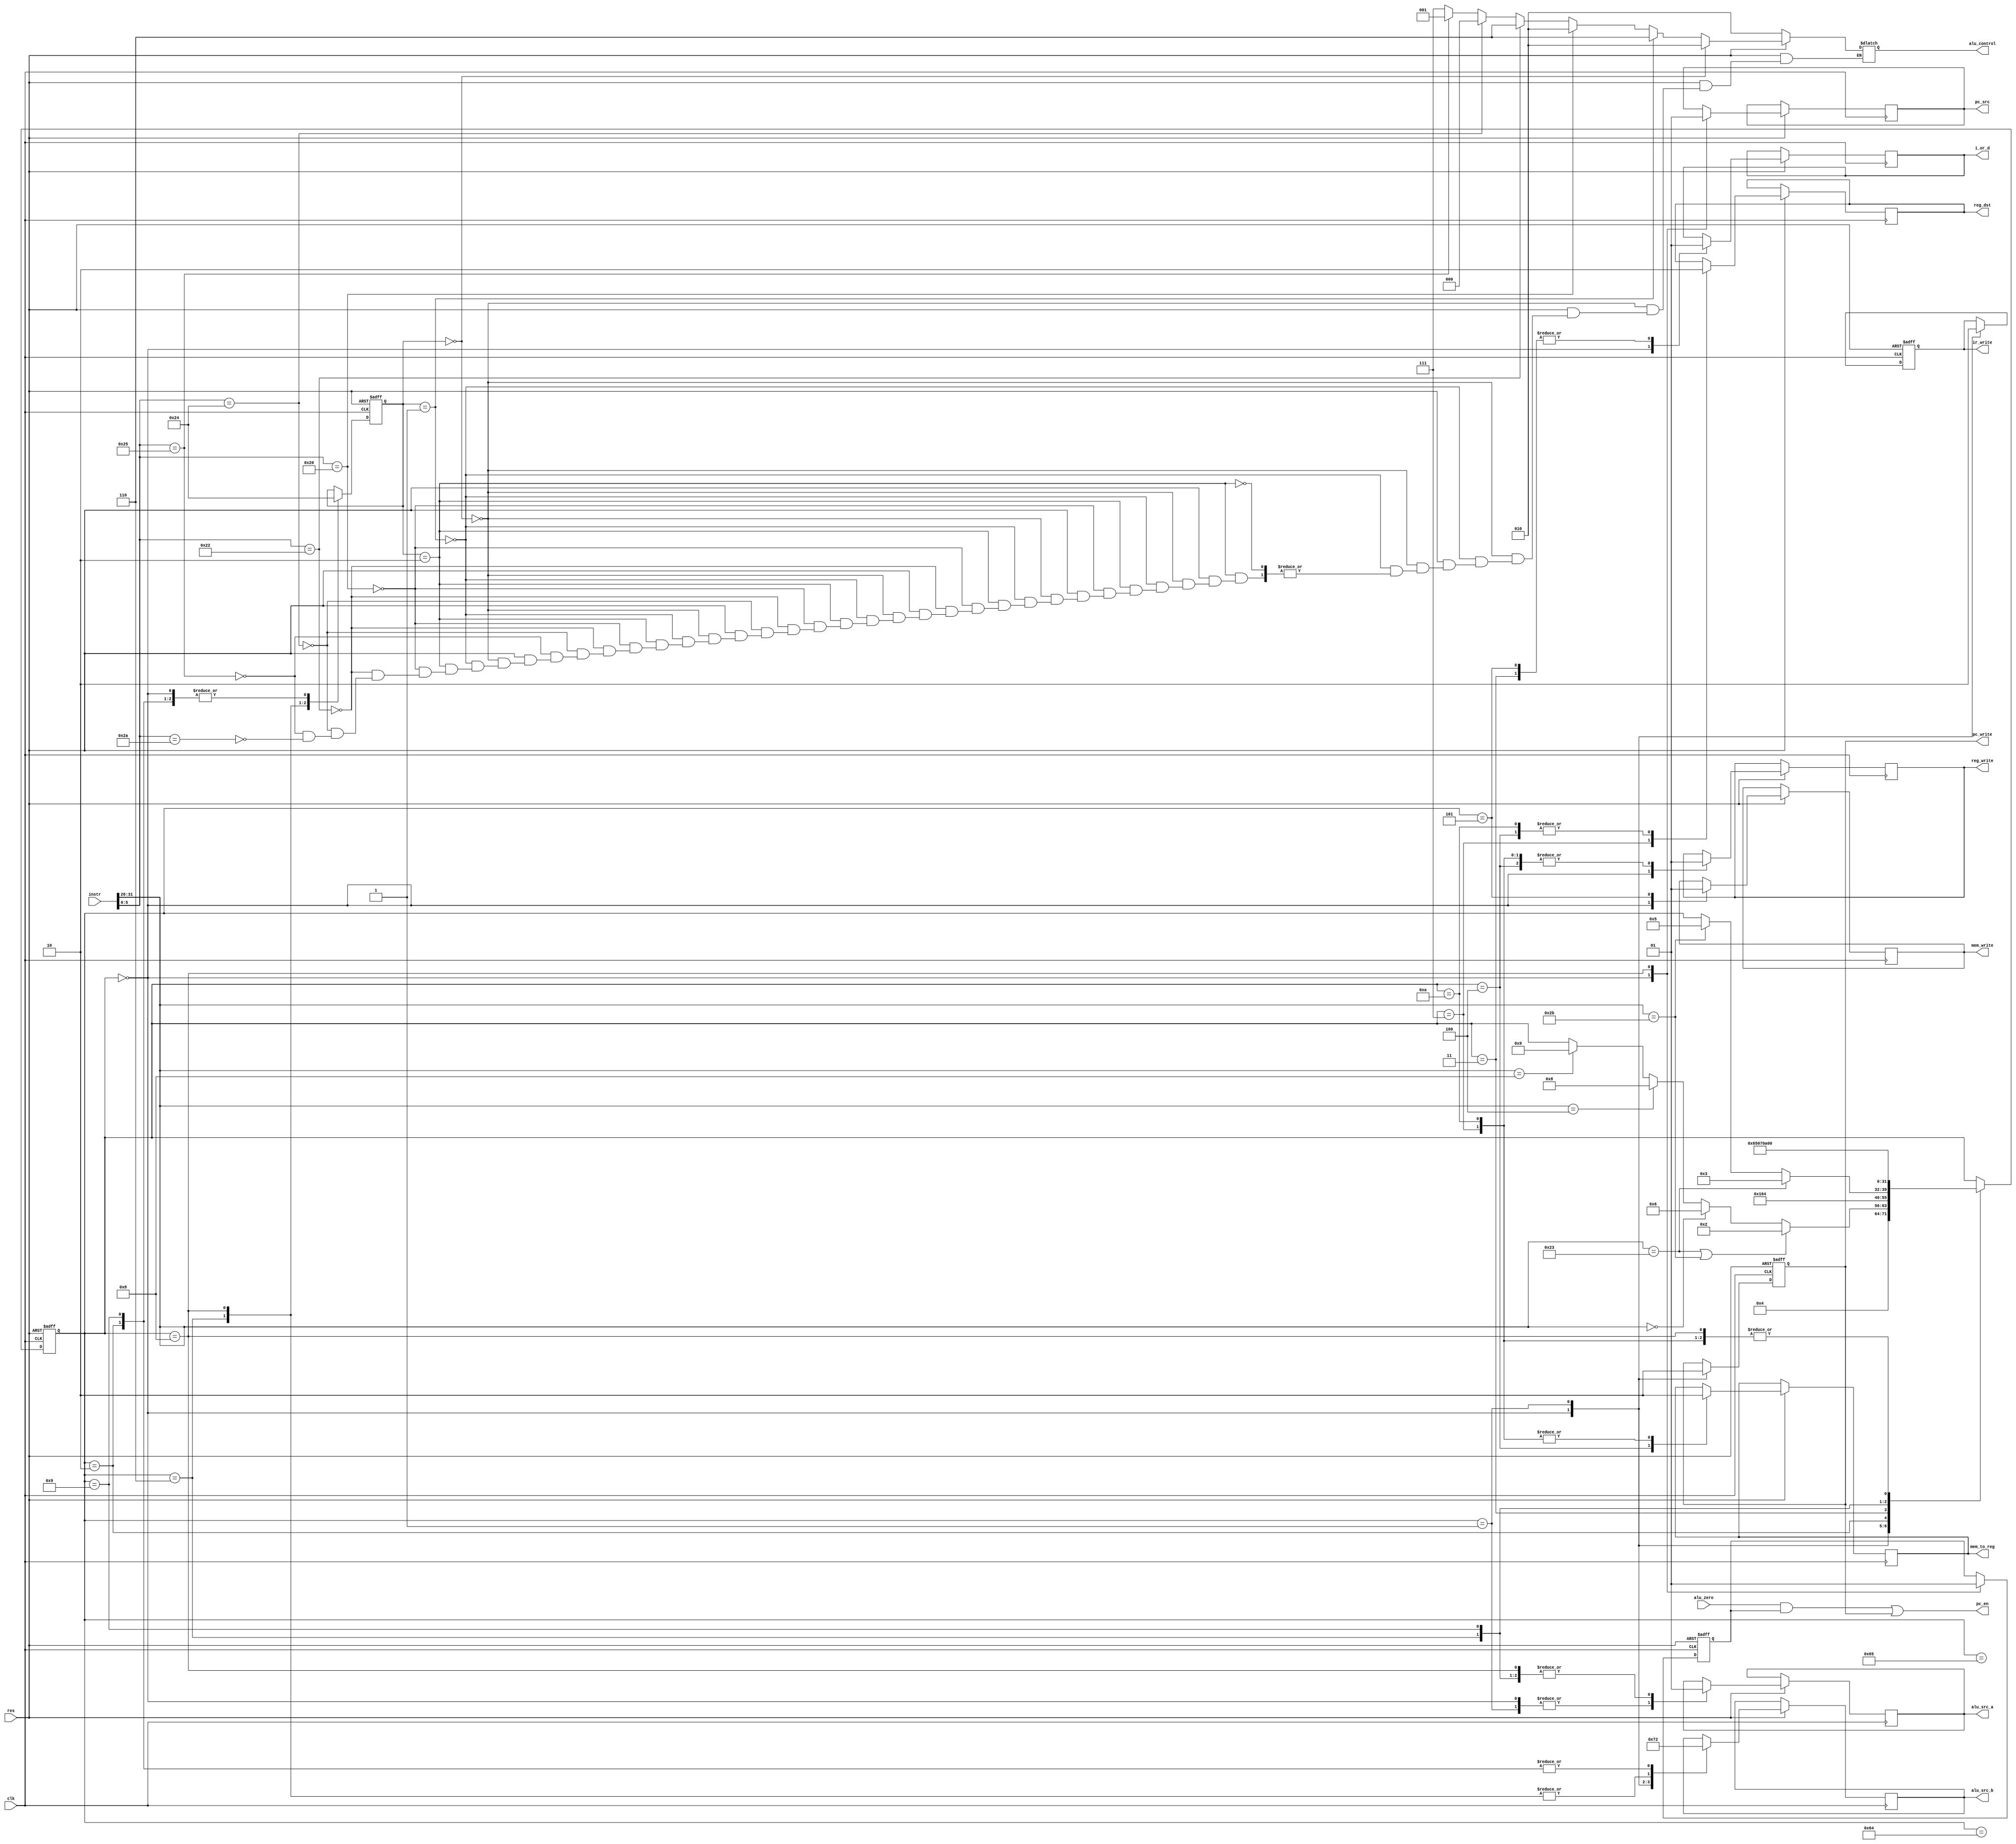
module control_unit(
  input [31:0] instr,
  input        clk,
  input        res,
  input        alu_zero,
  output reg   mem_to_reg, reg_dst,
  output reg   i_or_d, pc_src, alu_src_a,
  output reg   [1:0] alu_src_b,
  output reg   ir_write, mem_write, pc_write,
  output       pc_en,
  output reg   reg_write,
  output reg   [2:0] alu_control
);
//Name of states
localparam FETCH = 8'd0;
localparam DECODE = 8'd1;
localparam MEM_ADR = 8'd2;
localparam MEM_RD = 8'd3;
localparam MEM_WR_BC = 8'd4;
localparam MEM_WR = 8'd5;
localparam EXECUTE = 8'd6;
localparam ALU_WR_BC = 8'd7;
localparam BRANCH = 8'd8;
localparam ADDI_EXECUTE = 8'd9;
localparam ADDI_WR_BC = 8'd10;
localparam IDLE = 8'd100;
localparam LW_WAIT = 8'd101;
//opcodec
localparam LW   = 6'b100011;
localparam SW   = 6'b101011;
localparam R_T  = 6'b000000;
localparam BEQ  = 6'b000100;
localparam ADDI = 6'b001000;
//alu_control values
localparam A_ADD = 3'b010;
localparam A_SUB = 3'b110;
localparam A_AND = 3'b000;
localparam A_OR = 3'b001;
localparam A_SLT = 3'b111;
//funct
localparam F_ADD = 6'b100000;
localparam F_SUB = 6'b100010;
localparam F_AND = 6'b100100;
localparam F_OR = 6'b100101;
localparam F_SLT = 6'b101010;

reg [7:0] state;
reg [1:0] alu_op;
reg branch;

wire [5:0] opcode, funct;
assign opcode = instr [31:26];
assign funct = instr [5:0];

always@(posedge clk, negedge res)
begin:main_decoder
  if(!res)
  begin
    state <= FETCH;
    alu_op <= 2'b00;
    ir_write <= 1'b0;
    pc_write <= 1'b0;
    branch <= 1'b0;
  end
  else 
    case (state)
LW_WAIT: state <= MEM_WR_BC;
IDLE:  begin
          if((opcode == LW) | (opcode == SW))
            state <= MEM_ADR;
          else if(opcode == R_T)
            state <= EXECUTE;
          else if(opcode == BEQ)
            state <= BRANCH;    
          else if(opcode == ADDI)
            state <= ADDI_EXECUTE;
       end
FETCH: begin
        i_or_d <= 1'b0;
        alu_src_a <= 1'b0;
        alu_src_b <= 2'b01;
        alu_op <= 2'b00;
        pc_src <= 1'b0;
        
        ir_write <= 1'b1;
        pc_write <= 1'b1;
        reg_write <= 1'b0;
        mem_write <= 1'b0;
        branch <= 1'b0;
        
        state <= DECODE;
        
      end
DECODE: begin
          alu_src_a <= 1'b0;
          alu_src_b <= 2'b11;
          alu_op <= 2'b00;
          
          ir_write <= 1'b0;
          pc_write <= 1'b0;
          
          state <= IDLE;
      end
MEM_ADR: begin
          alu_src_a <= 1'b1;
          alu_src_b <= 2'b10;
          alu_op <= 2'b00;
          
          if(opcode == LW)
            state <= MEM_RD;
          else if(opcode == SW)
            state <= MEM_WR;
      end
MEM_RD: begin
          i_or_d <= 1;
          
          state <= LW_WAIT;
      end
MEM_WR_BC: begin
          reg_dst <= 1'b0;
          mem_to_reg <= 1'b1;
          reg_write <= 1'b1;
          
          state <= FETCH;
      end
MEM_WR: begin
          i_or_d <= 1'b1;
          mem_write <= 1'b1;
          
          state <= FETCH;
      end
EXECUTE: begin
          alu_src_a <= 1'b1;
          alu_src_b <= 2'b00;
          alu_op <= 2'b10;
          
          state <= ALU_WR_BC;
      end
ALU_WR_BC: begin
          reg_dst <= 1'b1;
          mem_to_reg <= 1'b0;
          reg_write <= 1'b1;
          
          state <= FETCH;
      end
BRANCH: begin
          alu_src_a <= 1'b1;
          alu_src_b <= 2'b00;
          alu_op <= 01;
          pc_src <= 1'b1;
          branch <= 1'b1; 
          
          state <= FETCH;
      end
ADDI_EXECUTE: begin
          alu_src_a <= 1'b1;
          alu_src_b <= 2'b10;
          alu_op <= 00;
          
          state <= ADDI_WR_BC;
      end
ADDI_WR_BC: begin
          reg_dst <= 1'b0;
          mem_to_reg <= 1'b0;
          reg_write <= 1'b1;
          
          state <= FETCH;
      end
    endcase
end

always@*
begin:alu_decoder
  if(!res)
  begin
    alu_control = A_ADD;
  end
  else begin
    if(alu_op == 2'b00)
      alu_control = A_ADD;
    else if(alu_op == 2'b01)
      alu_control =A_SUB;
    else if(alu_op == 2'b10)
    begin
      if(funct == F_ADD)
        alu_control = A_ADD;
      else if(funct == F_SUB)
        alu_control = A_SUB;
      else if(funct == F_AND)
        alu_control = A_AND;
      else if(funct == F_OR)
        alu_control = A_OR;
      else if(funct == F_SLT)
        alu_control = A_SLT;
    end
  end
end

assign pc_en = (alu_zero & branch) | pc_write;

endmodule